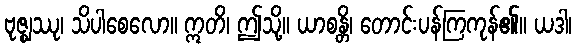
ဗုဇ္ဈဿု၊ သိပါစေလော။ ဣတိ၊ ဤသို့။ ယာစန္တိ၊ တောင်းပန်ကြကုန်၏။ ယဒါ၊